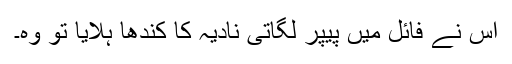
اس نے فائل میں پیپر لگاتی نادیہ کا کندھا ہلایا تو وہ۔